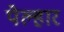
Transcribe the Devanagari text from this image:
पेल्हार